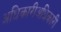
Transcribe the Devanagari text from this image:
अधिकारीअधिकारी